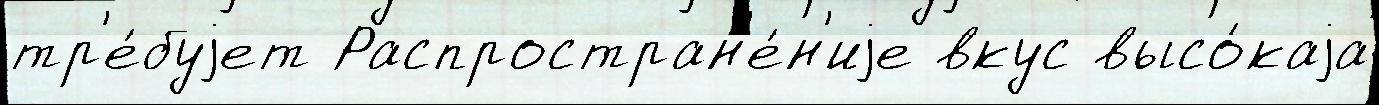
тр'е́буjет Распростран'е́н'иjе вкус высо́каjа